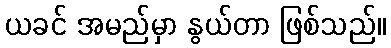
ယခင် အမည်မှာ နွယ်တာ ဖြစ်သည်။